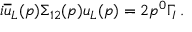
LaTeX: i \overline { { u } } _ { L } ( p ) \Sigma _ { 1 2 } ( p ) u _ { L } ( p ) = 2 p ^ { 0 } \Gamma _ { I } \, .